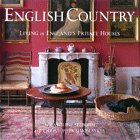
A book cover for English Country; Caroline Seebohm; Arts & Photography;